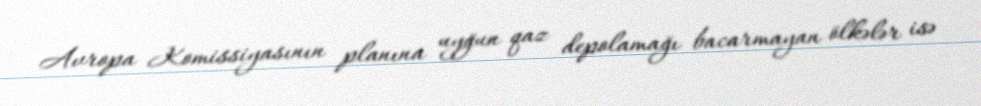
Avropa Komissiyasının planına uyğun qaz depolamağı bacarmayan ölkələr isə